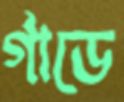
র্গাডে